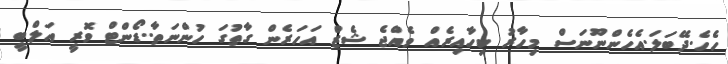
ހެހެ.ދޭބަލަ.އެހެންނޫނަސް މިހާރު ކިހާއިރެއް ވެއްޖެ ޝެޒް އަހަރެން ގާތުގަ ހުންނަތާ..ޑޯންޓް ވޮރީ އަލްބީ